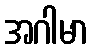
အဂါမာ